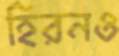
হিরনও